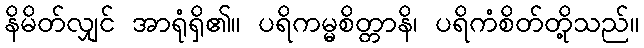
နိမိတ်လျှင် အာရုံရှိ၏။ ပရိကမ္မစိတ္တာနိ၊ ပရိကံစိတ်တို့သည်။